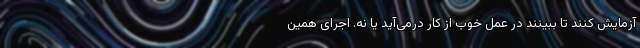
آزمایش کنند تا ببینند در عمل خوب از کار درمی‌آید یا نه. اجرای همین